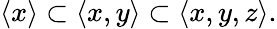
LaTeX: \langle x\rangle\subset\langle x,y\rangle\subset\langle x,y,z\rangle.